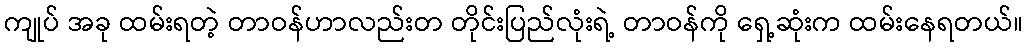
ကျုပ် အခု ထမ်းရတဲ့ တာဝန်ဟာလည်းတ တိုင်းပြည်လုံးရဲ့ တာဝန်ကို ရှေ့ဆုံးက ထမ်းနေရတယ်။